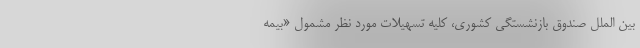
بین الملل صندوق بازنشستگی کشوری، کلیه تسهیلات مورد نظر مشمول «بیمه